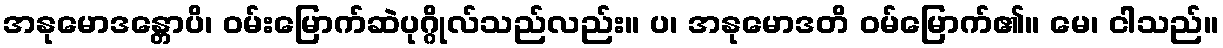
အနုမောဒန္တောပိ၊ ဝမ်းမြောက်ဆဲပုဂ္ဂိုလ်သည်လည်း။ ပ၊ အနုမောဒတိ ဝမ်မြောက်၏။ မေ၊ ငါသည်။